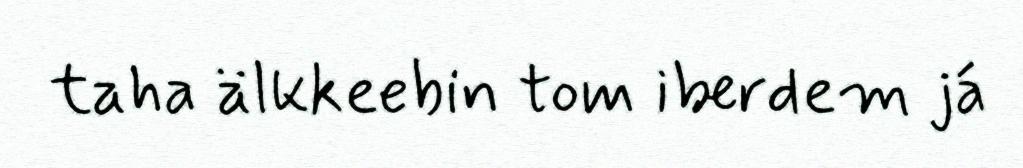
taha älkkeebin tom iberdem já